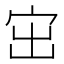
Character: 𡧨